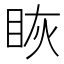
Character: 𰥝